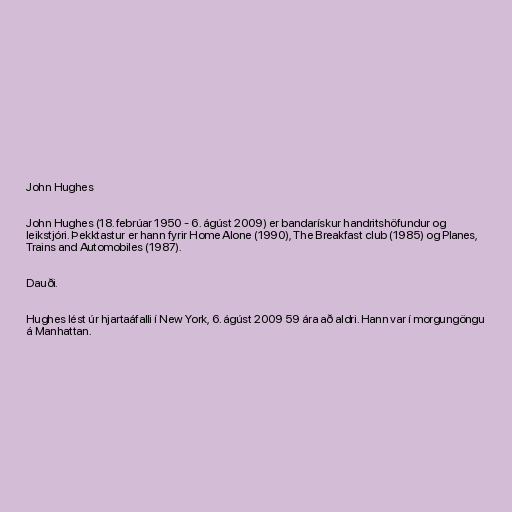
John Hughes

John Hughes (18. febrúar 1950 - 6. ágúst 2009) er bandarískur handritshöfundur og
leikstjóri. Þekktastur er hann fyrir Home Alone (1990), The Breakfast club (1985) og Planes,
Trains and Automobiles (1987).

Dauði.

Hughes lést úr hjartaáfalli í New York, 6. ágúst 2009 59 ára að aldri. Hann var í morgungöngu
á Manhattan.